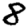
Digit: 8